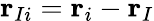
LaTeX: \textbf{r}_{Ii}=\textbf{r}_{i}-\textbf{r}_{I}